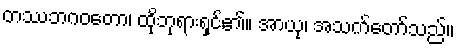
တဿဘဂဝတော၊ ထိုဘုရားရှင်၏။ အာယု၊ အသက်တော်သည်။